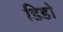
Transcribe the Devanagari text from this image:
डिडो